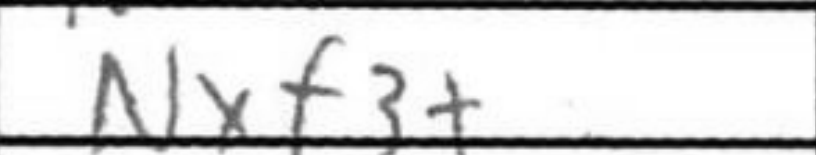
Transcription: Nxf3+